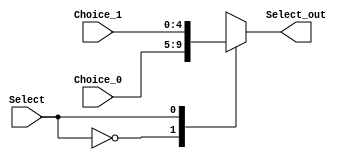
`timescale 1ns / 1ps
//////////////////////////////////////////////////////////////////////////////////
// Company: NJU_CS_COD_2015
// 
// Design Name: selector21_5
// Module Name: selector21_5
// Project Name: pipeline cpu
// Target Devices: xc7a100tcsg324-1
// Tool Versions: 0.0
// Description: selector 2 to 1 by 5 bits
// 
// Dependencies: none
// 
// Revision:
// Revision 0.01 - File Created
// Additional Comments:
// 
//////////////////////////////////////////////////////////////////////////////////


module selector21_5(
	input [4:0] Choice_0 , Choice_1,
	input Select,
	output reg [4:0] Select_out
);
	
	always@(*)
	begin
		case(Select)
			1'b0: Select_out = Choice_0;
			1'b1: Select_out = Choice_1;
		endcase
	end
endmodule